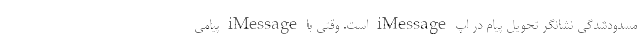
مسدودشدگی نشانگر تحویل پیام در اپ iMessage است. وقتی با iMessage پیامی